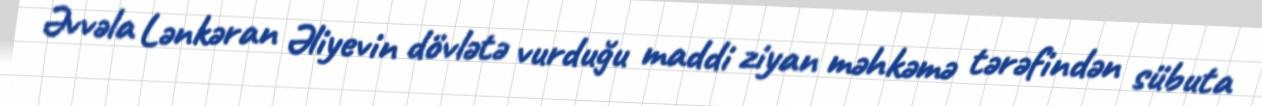
Əvvəla Lənkəran Əliyevin dövlətə vurduğu maddi ziyan məhkəmə tərəfindən sübuta